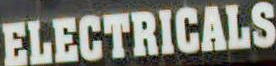
ELECTRICALS